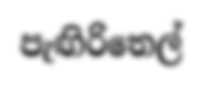
පැඟිරිතෙල්